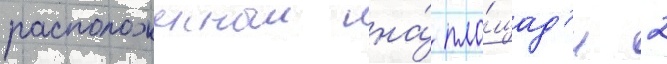
расположенныи на́ пло́щад'и 2